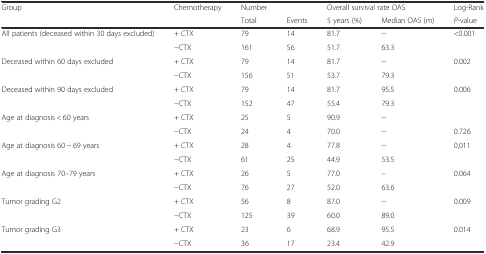
| Group | Chemotherapy | Number |  | <COLSPAN=2> Overall survival rate OAS | Log-Rank |
 |  |  | Total | Events | 5 years (%) | Median OAS (m) | P-value |
 | --- | --- | --- | --- | --- | --- | --- |
 | All patients (deceased within 30 days excluded) | + CTX | 79 | 14 | 81.7 | − | <0.001 |
 |  | −CTX | 161 | 56 | 51.7 | 63.3 |  |
 | Deceased within 60 days excluded | + CTX | 79 | 14 | 81.7 | − | 0.002 |
 |  | −CTX | 156 | 51 | 53.7 | 79.3 |  |
 | Deceased within 90 days excluded | + CTX | 79 | 14 | 81.7 | 95.5 | 0.006 |
 |  | −CTX | 152 | 47 | 55.4 | 79.3 |  |
 | Age at diagnosis < 60 years | + CTX | 25 | 5 | 90.9 | − |  |
 |  | −CTX | 24 | 4 | 70.0 | − | 0.726 |
 | Age at diagnosis 60 − 69 years | + CTX | 28 | 4 | 77.8 | − | 0,011 |
 |  | −CTX | 61 | 25 | 44.9 | 53.5 |  |
 | Age at diagnosis 70–79 years | + CTX | 26 | 5 | 77.0 | – | 0.064 |
 |  | −CTX | 76 | 27 | 52.0 | 63.6 |  |
 | Tumor grading G2 | + CTX | 56 | 8 | 87.0 | − | 0.009 |
 |  | −CTX | 125 | 39 | 60.0 | 89.0 |  |
 | Tumor grading G3 | + CTX | 23 | 6 | 68.9 | 95.5 | 0.014 |
 |  | −CTX | 36 | 17 | 23.4 | 42.9 |  |